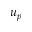
u _ { p }